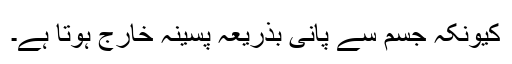
کیونکہ جسم سے پانی بذریعہ پسینہ خارج ہوتا ہے۔